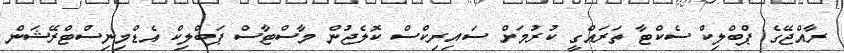
ރާއްޖޭގެ ޕްބްލިކް ސެކްޓާ ތަރައްގީ ކުރުމަށް ސައިރިކްސް ކޮލެޖުން މާސްޓާސް ޕަބްލިކް އެޑްމިނިސްޓްރޭޝަން